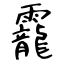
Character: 靇